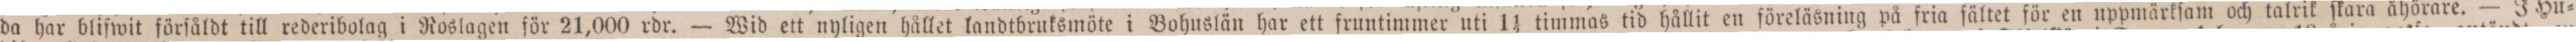
da har blifwit förſåldt till rederibolag i Roslagen för 21,000 rdr. — Wid ett nyligen hållet landtbruksmöte i Bohuslän har ett fruntimmer uti 1 1/2 timmas tid hållit en föreläsning på fria fältet för en uppmärkſam och talrik ſkara åhörare. — J Hu=